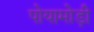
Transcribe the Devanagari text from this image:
पोयामोड़ी